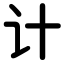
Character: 计